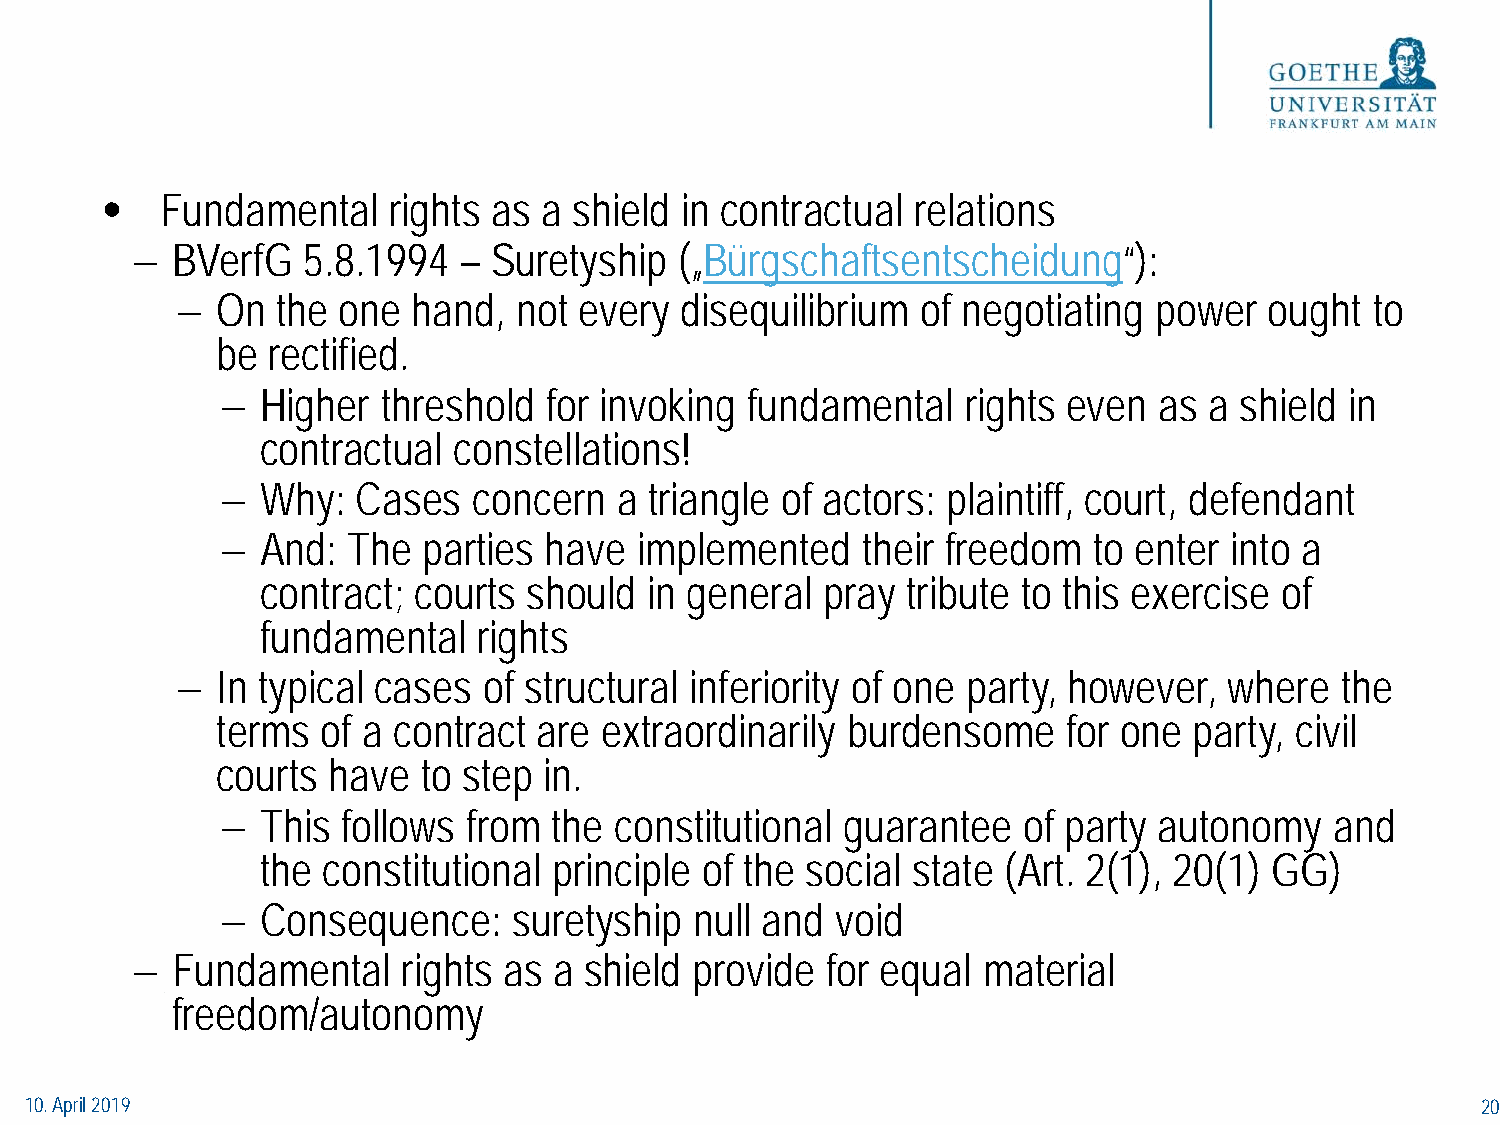
•   Fundamental    rights as a shield in contractual  relations
 − BVerfG   5.8.1994  – Suretyship   („Bürgschaftsentscheidung“):
 − On  the one  hand,  not every  disequilibrium  of negotiating  power  ought  to
 be  rectified.
 − Higher  threshold  for invoking  fundamental   rights even  as a shield in
 contractual  constellations!
 − Why:   Cases  concern   a triangle of actors: plaintiff, court, defendant
 − And:  The  parties have  implemented    their freedom  to enter into a
 contract; courts  should  in general pray  tribute to this exercise of
 fundamental    rights
 − In typical cases  of structural inferiority of one party, however, where   the
 terms  of a contract  are extraordinarily burdensome     for one party, civil
 courts  have  to step in.
 − This  follows from  the constitutional guarantee   of party autonomy   and
 the constitutional  principle of the social state (Art. 2(1), 20(1) GG)
 − Consequence:     suretyship  null and void
 − Fundamental     rights as a shield provide  for equal material
 freedom/autonomy
 10. April 2019                                                                                  20